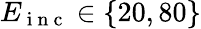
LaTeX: E_{\mathrm{~i~n~c~}}\in\{ 20,80\}